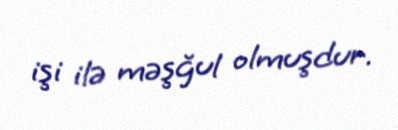
işi ilə məşğul olmuşdur.